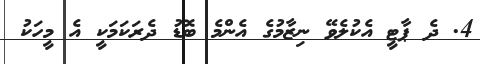
4. ދެ ޕާޓީ އެކުލެވޭ ނިޒާމުގެ އެންމެ ބޮޑު ދެރަކަމަކީ އެ މީހަކު